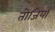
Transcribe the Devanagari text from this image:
तोजियां